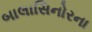
બાલાસિનોરના